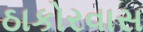
ઠાકોરવાસ